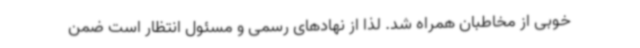
خوبی از مخاطبان همراه شد. لذا از نهادهای رسمی و مسئول انتظار است ضمن